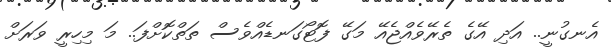
އެނގުނީ.. އަދި އޭގެ ތެރޭވެއްޖެއޭ މަގޭ ފޮޓޯގަނޑެއްވެސް ތަތްކޮށްފަ.. މަ މިހިރީ ވަރަށް